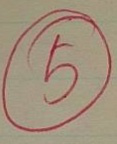
⑤